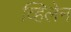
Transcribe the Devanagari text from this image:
व्हिलेन